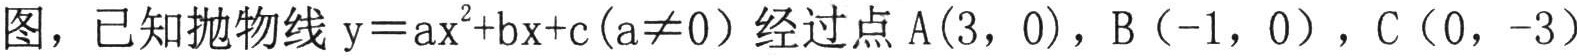
图，已知抛物线$\mathrm{y}=a\mathrm{x}^{2}+b\mathrm{x}+c(a\neq0)$经过点$\mathrm{A}(3,0)$，$\mathrm{B}(-1,0)$，$\mathrm{C}(0,-3)$